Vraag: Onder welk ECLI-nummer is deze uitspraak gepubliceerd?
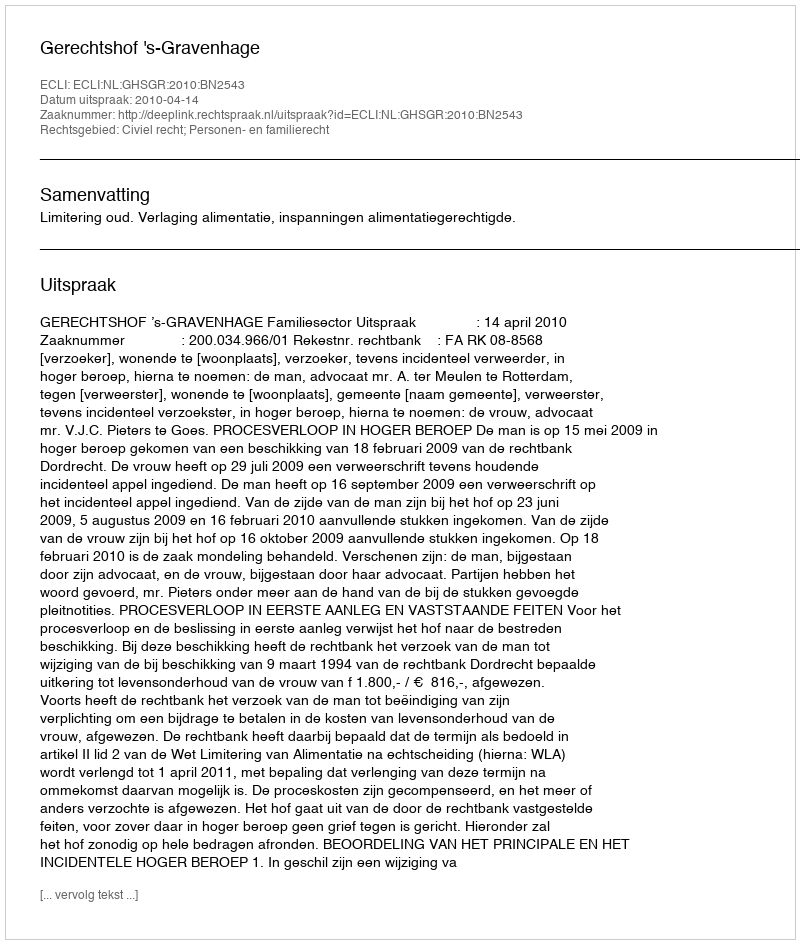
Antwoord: ECLI:NL:GHSGR:2010:BN2543